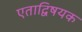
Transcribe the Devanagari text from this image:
एताद्विषयक